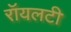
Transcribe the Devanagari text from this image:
रॉयलटी